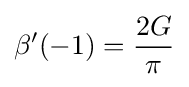
\beta '(-1)={\frac {2G}{\pi }}